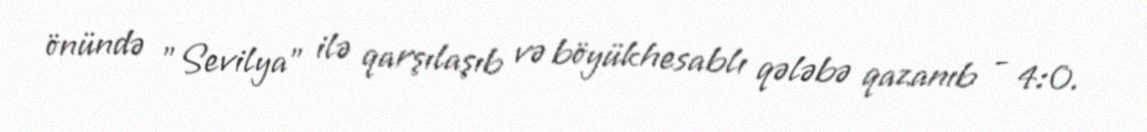
önündə "Sevilya" ilə qarşılaşıb və böyükhesablı qələbə qazanıb - 4:0.